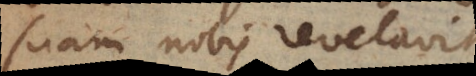
suam nobis revelavit.